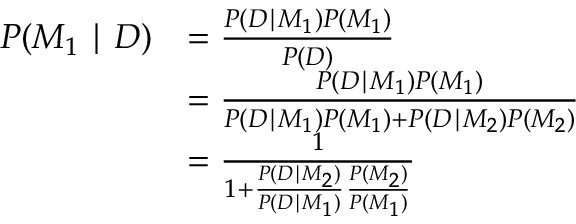
{ \begin{array} { r l } { P ( M _ { 1 } \mid D ) } & { = { \frac { P ( D \mid M _ { 1 } ) P ( M _ { 1 } ) } { P ( D ) } } } \\ & { = { \frac { P ( D \mid M _ { 1 } ) P ( M _ { 1 } ) } { P ( D \mid M _ { 1 } ) P ( M _ { 1 } ) + P ( D \mid M _ { 2 } ) P ( M _ { 2 } ) } } } \\ & { = { \frac { 1 } { 1 + { \frac { P ( D \mid M _ { 2 } ) } { P ( D \mid M _ { 1 } ) } } { \frac { P ( M _ { 2 } ) } { P ( M _ { 1 } ) } } } } } \end{array} }